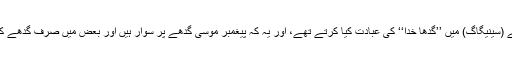
یہ بات بھی دلچسپ ہے کہ یہودیوں کے بارے میں یہ کہا جاتا رہا ہے کہ وہ اپنے عبادت خانے (سینیگاگ) میں ’’گدھا خدا‘‘ کی عبادت کیا کرتے تھے، اور یہ کہ پیغمبر موسیؑ گدھے پر سوار ہیں اور بعض میں صرف گدھے کا سر بطور عبادت کے استعمال کیا جاتا تھا، جسے ’گدھے کی پوجا Onolatry‘ کہا جاتا ہے۔